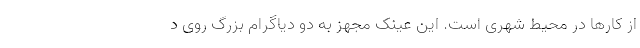
از کارها در محیط شهری است. این عینک مجهز به دو دیاگرام بزرگ روی د